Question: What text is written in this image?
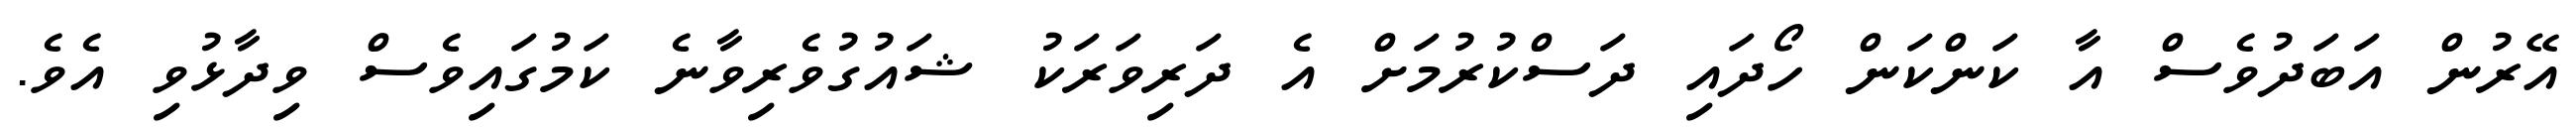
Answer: އޭރުން އަބަދުވެސް އާ ކަންކަން ހޯދައި ދަސްކުރުމަށް އެ ދަރިވަރަކު ޝައުގުވެރިވާނެ ކަމުގައިވެސް ވިދާޅުވި އެވެ.